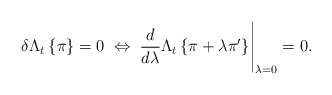
\begin{align*}\delta\Lambda_{t}\left\{ \pi\right\} =0\;\Leftrightarrow\;\frac{d}{d\lambda}\Lambda_{t}\left\{ \pi+\lambda\pi'\right\} \Biggr|_{\lambda=0}=0.\end{align*}